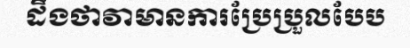
ដឹងថាវាមានការប្រែប្រួលបែប